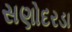
સણોદરડા